Bréfritari: Þórey Gunnarsdóttir
Viðtakandi: Jón Borgfirðingur
Dagsetning: A-1884-08-18
Skrifað á: Hlöðum  Eyf.
Óvíst

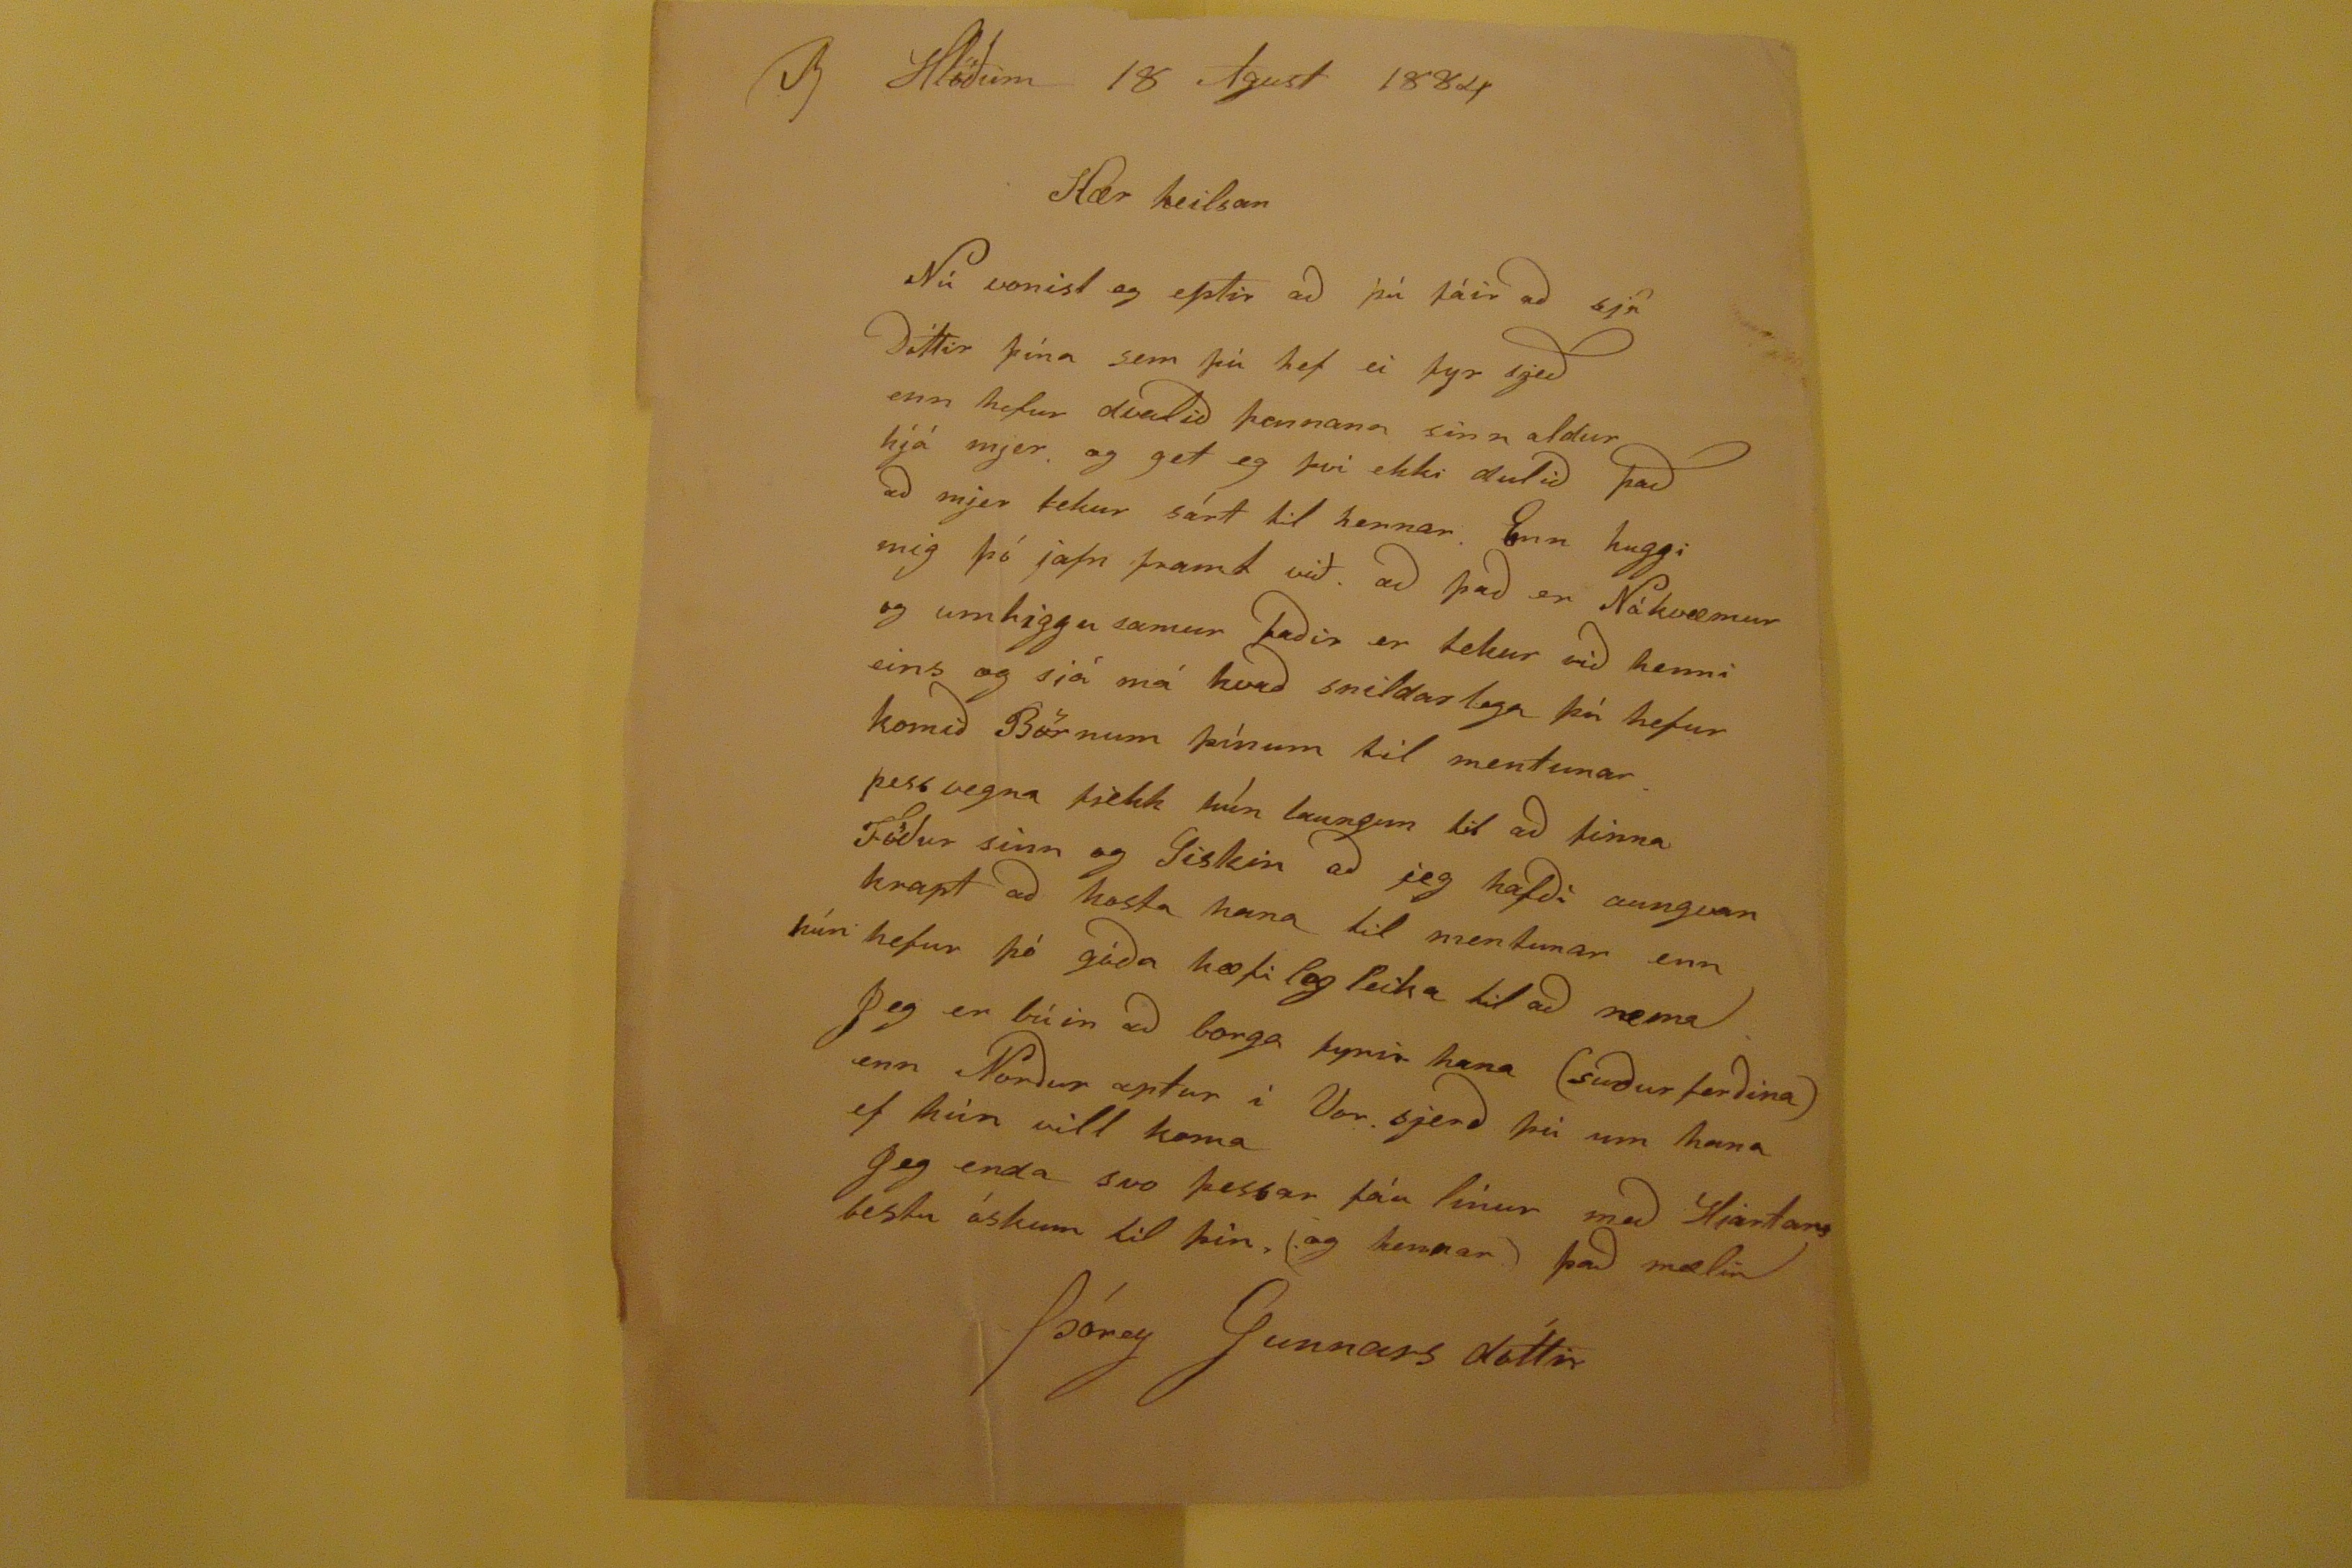

I Hlöðum 18 Agust 1884
Kær heilsan
Nú vonist eg eptir ad þú fáir ad sja Dóttir þína sem þú hef ei fyr sjed enn hefur dvalid þenann sinn aldur hjá mjer. og get eg þvi ekki dulid þad ad mjer tekur sárt til hennar. Enn huggi mig þó jafn framt við. ad þad er Nákvæmur og umhiggusamur fadir er tekur vid henni eins og sjá má hvad snildarlega þú hefur komid Börnum þínum til mentunar. þess vegna fjekk hún laungun til ad finna Födur sinn og Siskin ad jeg hafdi aungin krapst ad kosta hana til mentunar enn hún hefur þó góda hæfilegleika til ad nema. Jeg er búin ad borga fyrir hana (sudur ferdina) enn Nordur aptur i Vor. sjerd þú um hana ef hún vill koma
Jeg enda svo þessar fáu línur med Hjartans bestu óskum til þìn, (og hennar) þad mælir
Þórey Gunnarsdóttir